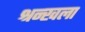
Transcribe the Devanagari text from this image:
श्रन्खला